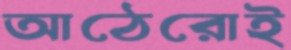
আঠেরোই